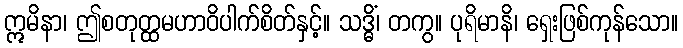
ဣမိနာ၊ ဤစတုတ္ထမဟာဝိပါက်စိတ်နှင့်။ သဒ္ဓိံ၊ တကွ။ ပုရိမာနိ၊ ရှေးဖြစ်ကုန်သော။